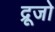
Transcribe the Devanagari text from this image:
द्रूजो